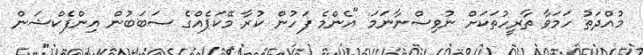
މުއްދަތު ހަމަވާ ތާރީހުތަކަށް ނުވިސްނާނަމަ "އެންމެ ފަހުން ކުރާ މޭކަޕެއްގެ ސަބަބުން އިންފެކްޝަން